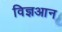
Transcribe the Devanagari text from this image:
विज्ञआन